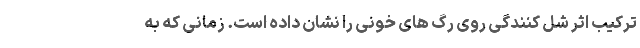
ترکیب اثر شل کنندگی روی رگ های خونی را نشان داده است. زمانی که به